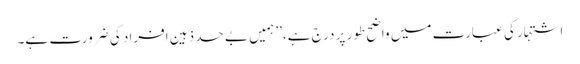
اشتہار کی عبارت میں واضح طور پر درج ہے،’’ ہمیں بے حد ذہین افراد کی ضرورت ہے۔